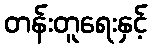
တန်းတူရေးနှင့်